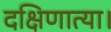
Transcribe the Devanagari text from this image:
दक्षिणात्या।